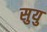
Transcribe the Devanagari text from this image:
सुयु